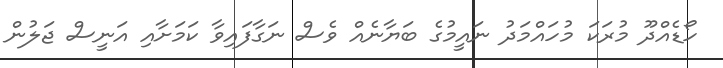
ހޯޑެއްދޫ މުރަކަ މުހައްމަދު ނައީމުގެ ބަޔާނެއް ވެސް ނަގާފައިވާ ކަމަށާއި އަނީސް ޖަލުން